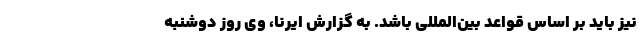
نیز باید بر اساس قواعد بین‌المللی باشد. به گزارش ایرنا، وی روز دوشنبه